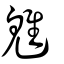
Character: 魋